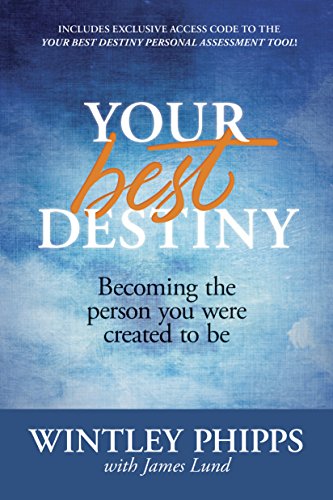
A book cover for Your Best Destiny: Becoming the Person You Were Created to Be; Wintley Phipps; Christian Books & Bibles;